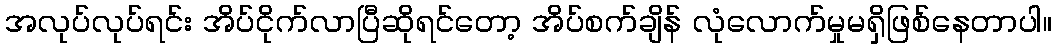
အလုပ်လုပ်ရင်း အိပ်ငိုက်လာပြီဆိုရင်တော့ အိပ်စက်ချိန် လုံလောက်မှုမရှိဖြစ်နေတာပါ။